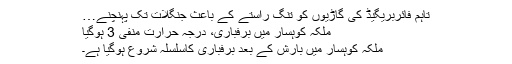
تاہم فائربریگیڈ کی گاڑیوں کو تنگ راستے کے باعث جنگلات تک پہنچنے…
ملکہ کوہسار میں برفباری، درجہ حرارت منفی 3 ہوگیا
ملکہ کوہسار میں بارش کے بعد برفباری کاسلسلہ شروع ہوگیا ہے۔